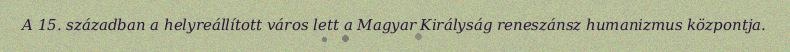
A 15. században a helyreállított város lett a Magyar Királyság reneszánsz humanizmus központja.